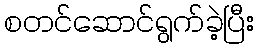
စတင်ဆောင်ရွက်ခဲ့ပြီး